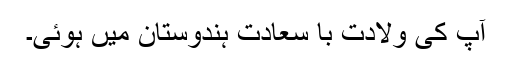
آپ کی ولادت با سعادت ہندوستان میں ہوئی۔